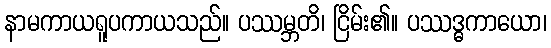
နာမကာယရူပကာယသည်။ ပဿမ္ဘတိ၊ ငြိမ်း၏။ ပဿဒ္ဓကာယော၊